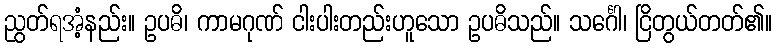
ညွတ်ရအံ့နည်း။ ဥပဓိ၊ ကာမဂုဏ် ငါးပါးတည်းဟူသော ဥပဓိသည်။ သင်္ဂေါ၊ ငြိတွယ်တတ်၏။